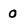
Character: 0